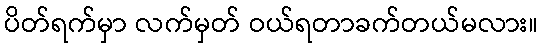
ပိတ်ရက်မှာ လက်မှတ် ဝယ်ရတာခက်တယ်မလား။